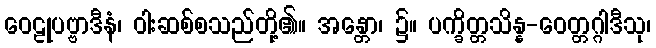
ဝေဠုပဗ္ဗာဒီနံ၊ ဝါးဆစ်စသည်တို့၏။ အန္တော၊ ၌။ ပက္ခိတ္တသိန္န-ဝေတ္တဂ္ဂါဒီသု၊